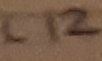
Text: C12